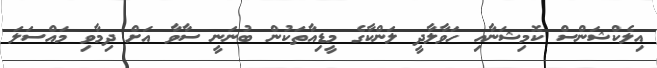
އިލެކްޝަންސް ކޮމިޝަނާއި ހަވާލާދީ ލަންކާގެ މީޑިއާތަކުން ބުނަނީ ސާވާ އަށް ދިމާވި މައްސަލަ